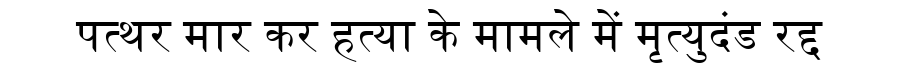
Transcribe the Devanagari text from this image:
पत्थर मार कर हत्या के मामले में मृत्युदंड रद्द